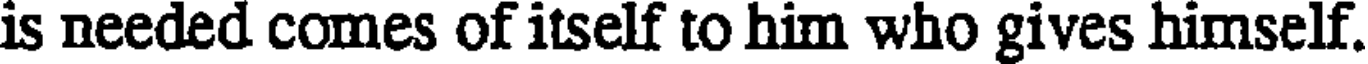
is needed comes of itself to him who gives himself.